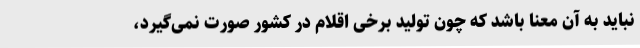
نباید به آن معنا باشد که چون تولید برخی اقلام در کشور صورت نمی‌گیرد،